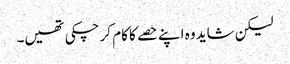
لیکن شاید وہ اپنے حصے کا کام کر چکی تھیں۔